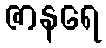
ဇာနရေ